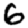
Digit: 6